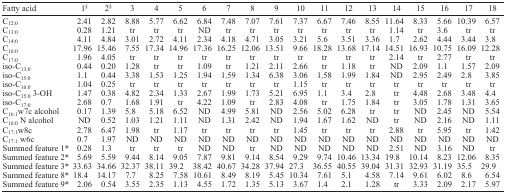
<table><thead><tr><td><b>Fatty acid</b></td><td><b>1§</b></td><td><b>2§</b></td><td><b>3</b></td><td><b>4</b></td><td><b>5</b></td><td><b>6</b></td><td><b>7</b></td><td><b>8</b></td><td><b>9</b></td><td><b>10</b></td><td><b>11</b></td><td><b>12</b></td><td><b>13</b></td><td><b>14</b></td><td><b>15</b></td><td><b>16</b></td><td><b>17</b></td><td><b>18</b></td></tr></thead><tbody><tr><td>C<sub>12:0</sub></td><td>2.41</td><td>2.82</td><td>8.88</td><td>5.77</td><td>6.62</td><td>6.84</td><td>7.48</td><td>7.07</td><td>7.61</td><td>7.37</td><td>6.67</td><td>7.46</td><td>8.55</td><td>11.64</td><td>8.33</td><td>5.66</td><td>10.39</td><td>6.57</td></tr><tr><td>C<sub>13:0</sub></td><td>0.28</td><td>1.21</td><td>tr</td><td>tr</td><td>tr</td><td>ND</td><td>tr</td><td>tr</td><td>tr</td><td>tr</td><td>tr</td><td>tr</td><td>tr</td><td>1.14</td><td>tr</td><td>3.6</td><td>tr</td><td>tr</td></tr><tr><td>C<sub>14:0</sub></td><td>4.11</td><td>4.84</td><td>3.01</td><td>2.72</td><td>4.11</td><td>2.34</td><td>4.18</td><td>4.71</td><td>3.05</td><td>3.21</td><td>5.6</td><td>3.51</td><td>3.36</td><td>1.7</td><td>2.62</td><td>4.44</td><td>3.44</td><td>3.8</td></tr><tr><td>C<sub>16:0</sub></td><td>17.96</td><td>15.46</td><td>7.55</td><td>17.34</td><td>14.96</td><td>17.36</td><td>16.25</td><td>12.06</td><td>13.51</td><td>9.66</td><td>18.28</td><td>13.68</td><td>17.14</td><td>14.51</td><td>16.93</td><td>10.75</td><td>16.09</td><td>12.28</td></tr><tr><td>C<sub>17:0</sub></td><td>1.96</td><td>4.05</td><td>tr</td><td>tr</td><td>tr</td><td>tr</td><td>tr</td><td>tr</td><td>tr</td><td>tr</td><td>tr</td><td>tr</td><td>tr</td><td>2.14</td><td>tr</td><td>2.77</td><td>tr</td><td>tr</td></tr><tr><td>iso-C<sub>13:0</sub></td><td>0.44</td><td>0.20</td><td>1.28</td><td>tr</td><td>tr</td><td>1.09</td><td>tr</td><td>1.21</td><td>2.11</td><td>2.66</td><td>tr</td><td>1.18</td><td>tr</td><td>ND</td><td>2.09</td><td>1.1</td><td>1.57</td><td>2.09</td></tr><tr><td>iso-C<sub>15:0</sub></td><td>1.1</td><td>0.44</td><td>3.38</td><td>1.53</td><td>1.25</td><td>1.94</td><td>1.59</td><td>1.34</td><td>6.38</td><td>3.06</td><td>1.58</td><td>1.99</td><td>1.84</td><td>ND</td><td>2.95</td><td>2.49</td><td>2.8</td><td>3.85</td></tr><tr><td>iso-C<sub>16:0</sub></td><td>1.04</td><td>0.25</td><td>tr</td><td>tr</td><td>tr</td><td>tr</td><td>tr</td><td>tr</td><td>tr</td><td>1.15</td><td>tr</td><td>tr</td><td>tr</td><td>tr</td><td>tr</td><td>tr</td><td>tr</td><td>tr</td></tr><tr><td>iso-C<sub>15:0</sub> 3-OH</td><td>1.47</td><td>0.38</td><td>4.82</td><td>2.34</td><td>1.33</td><td>2.67</td><td>1.99</td><td>1.73</td><td>5.21</td><td>6.95</td><td>1.1</td><td>3.4</td><td>2.8</td><td>tr</td><td>4.48</td><td>2.68</td><td>3.48</td><td>4.4</td></tr><tr><td>iso-C<sub>17:0</sub></td><td>2.68</td><td>0.7</td><td>1.68</td><td>1.91</td><td>tr</td><td>4.22</td><td>1.09</td><td>tr</td><td>2.83</td><td>4.08</td><td>tr</td><td>1.75</td><td>1.84</td><td>tr</td><td>3.05</td><td>1.78</td><td>1.31</td><td>3.65</td></tr><tr><td>C<sub>16:1</sub>w7c alcohol</td><td>0.17</td><td>1.39</td><td>5.8</td><td>5.18</td><td>6.52</td><td>ND</td><td>4.99</td><td>5.81</td><td>ND</td><td>2.56</td><td>5.02</td><td>6.28</td><td>tr</td><td>tr</td><td>ND</td><td>2.45</td><td>ND</td><td>5.54</td></tr><tr><td>C<sub>16:0</sub> N alcohol</td><td>ND</td><td>0.52</td><td>1.03</td><td>1.21</td><td>1.11</td><td>ND</td><td>1.31</td><td>2.42</td><td>ND</td><td>1.94</td><td>1.67</td><td>1.62</td><td>ND</td><td>tr</td><td>ND</td><td>2.16</td><td>ND</td><td>1.11</td></tr><tr><td>C<sub>17:1</sub>w8c</td><td>2.78</td><td>6.47</td><td>1.98</td><td>tr</td><td>1.17</td><td>tr</td><td>tr</td><td>tr</td><td>tr</td><td>1.45</td><td>tr</td><td>tr</td><td>tr</td><td>2.88</td><td>tr</td><td>5.95</td><td>tr</td><td>1.42</td></tr><tr><td>C<sub>17:1</sub> w6c</td><td>0.7</td><td>1.97</td><td>ND</td><td>ND</td><td>ND</td><td>ND</td><td>ND</td><td>ND</td><td>ND</td><td>ND</td><td>ND</td><td>ND</td><td>ND</td><td>ND</td><td>ND</td><td>ND</td><td>ND</td><td>ND</td></tr><tr><td>Summed feature 1*</td><td>0.28</td><td>1.3</td><td>tr</td><td>tr</td><td>tr</td><td>ND</td><td>ND</td><td>tr</td><td>ND</td><td>ND</td><td>ND</td><td>ND</td><td>ND</td><td>2.51</td><td>ND</td><td>3.16</td><td>ND</td><td>tr</td></tr><tr><td>Summed feature 2*</td><td>5.69</td><td>5.59</td><td>9.44</td><td>8.14</td><td>9.05</td><td>7.87</td><td>9.81</td><td>9.14</td><td>8.54</td><td>9.29</td><td>9.74</td><td>10.46</td><td>13.34</td><td>19.8</td><td>10.14</td><td>8.23</td><td>12.06</td><td>8.35</td></tr><tr><td>Summed feature 3*</td><td>33.63</td><td>34.66</td><td>32.37</td><td>38.11</td><td>39.2</td><td>38.42</td><td>40.67</td><td>34.28</td><td>37.94</td><td>27.3</td><td>36.55</td><td>40.55</td><td>39.04</td><td>31.31</td><td>32.93</td><td>31.19</td><td>35.5</td><td>29.9</td></tr><tr><td>Summed feature 8*</td><td>18.4</td><td>14.17</td><td>7.7</td><td>8.25</td><td>7.58</td><td>10.61</td><td>8.49</td><td>8.19</td><td>5.45</td><td>10.34</td><td>7.61</td><td>5.1</td><td>4.58</td><td>7.14</td><td>9.61</td><td>6.02</td><td>8.6</td><td>6.54</td></tr><tr><td>Summed feature 9*</td><td>2.06</td><td>0.54</td><td>3.55</td><td>2.35</td><td>1.13</td><td>4.55</td><td>1.72</td><td>1.35</td><td>5.13</td><td>3.67</td><td>1.4</td><td>2.1</td><td>1.28</td><td>tr</td><td>3.33</td><td>2.09</td><td>2.17</td><td>5.97</td></tr></tbody></table>